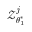
\boldsymbol { \mathcal { Z } } _ { \boldsymbol { \theta } _ { 1 } ^ { \ast } } ^ { j }